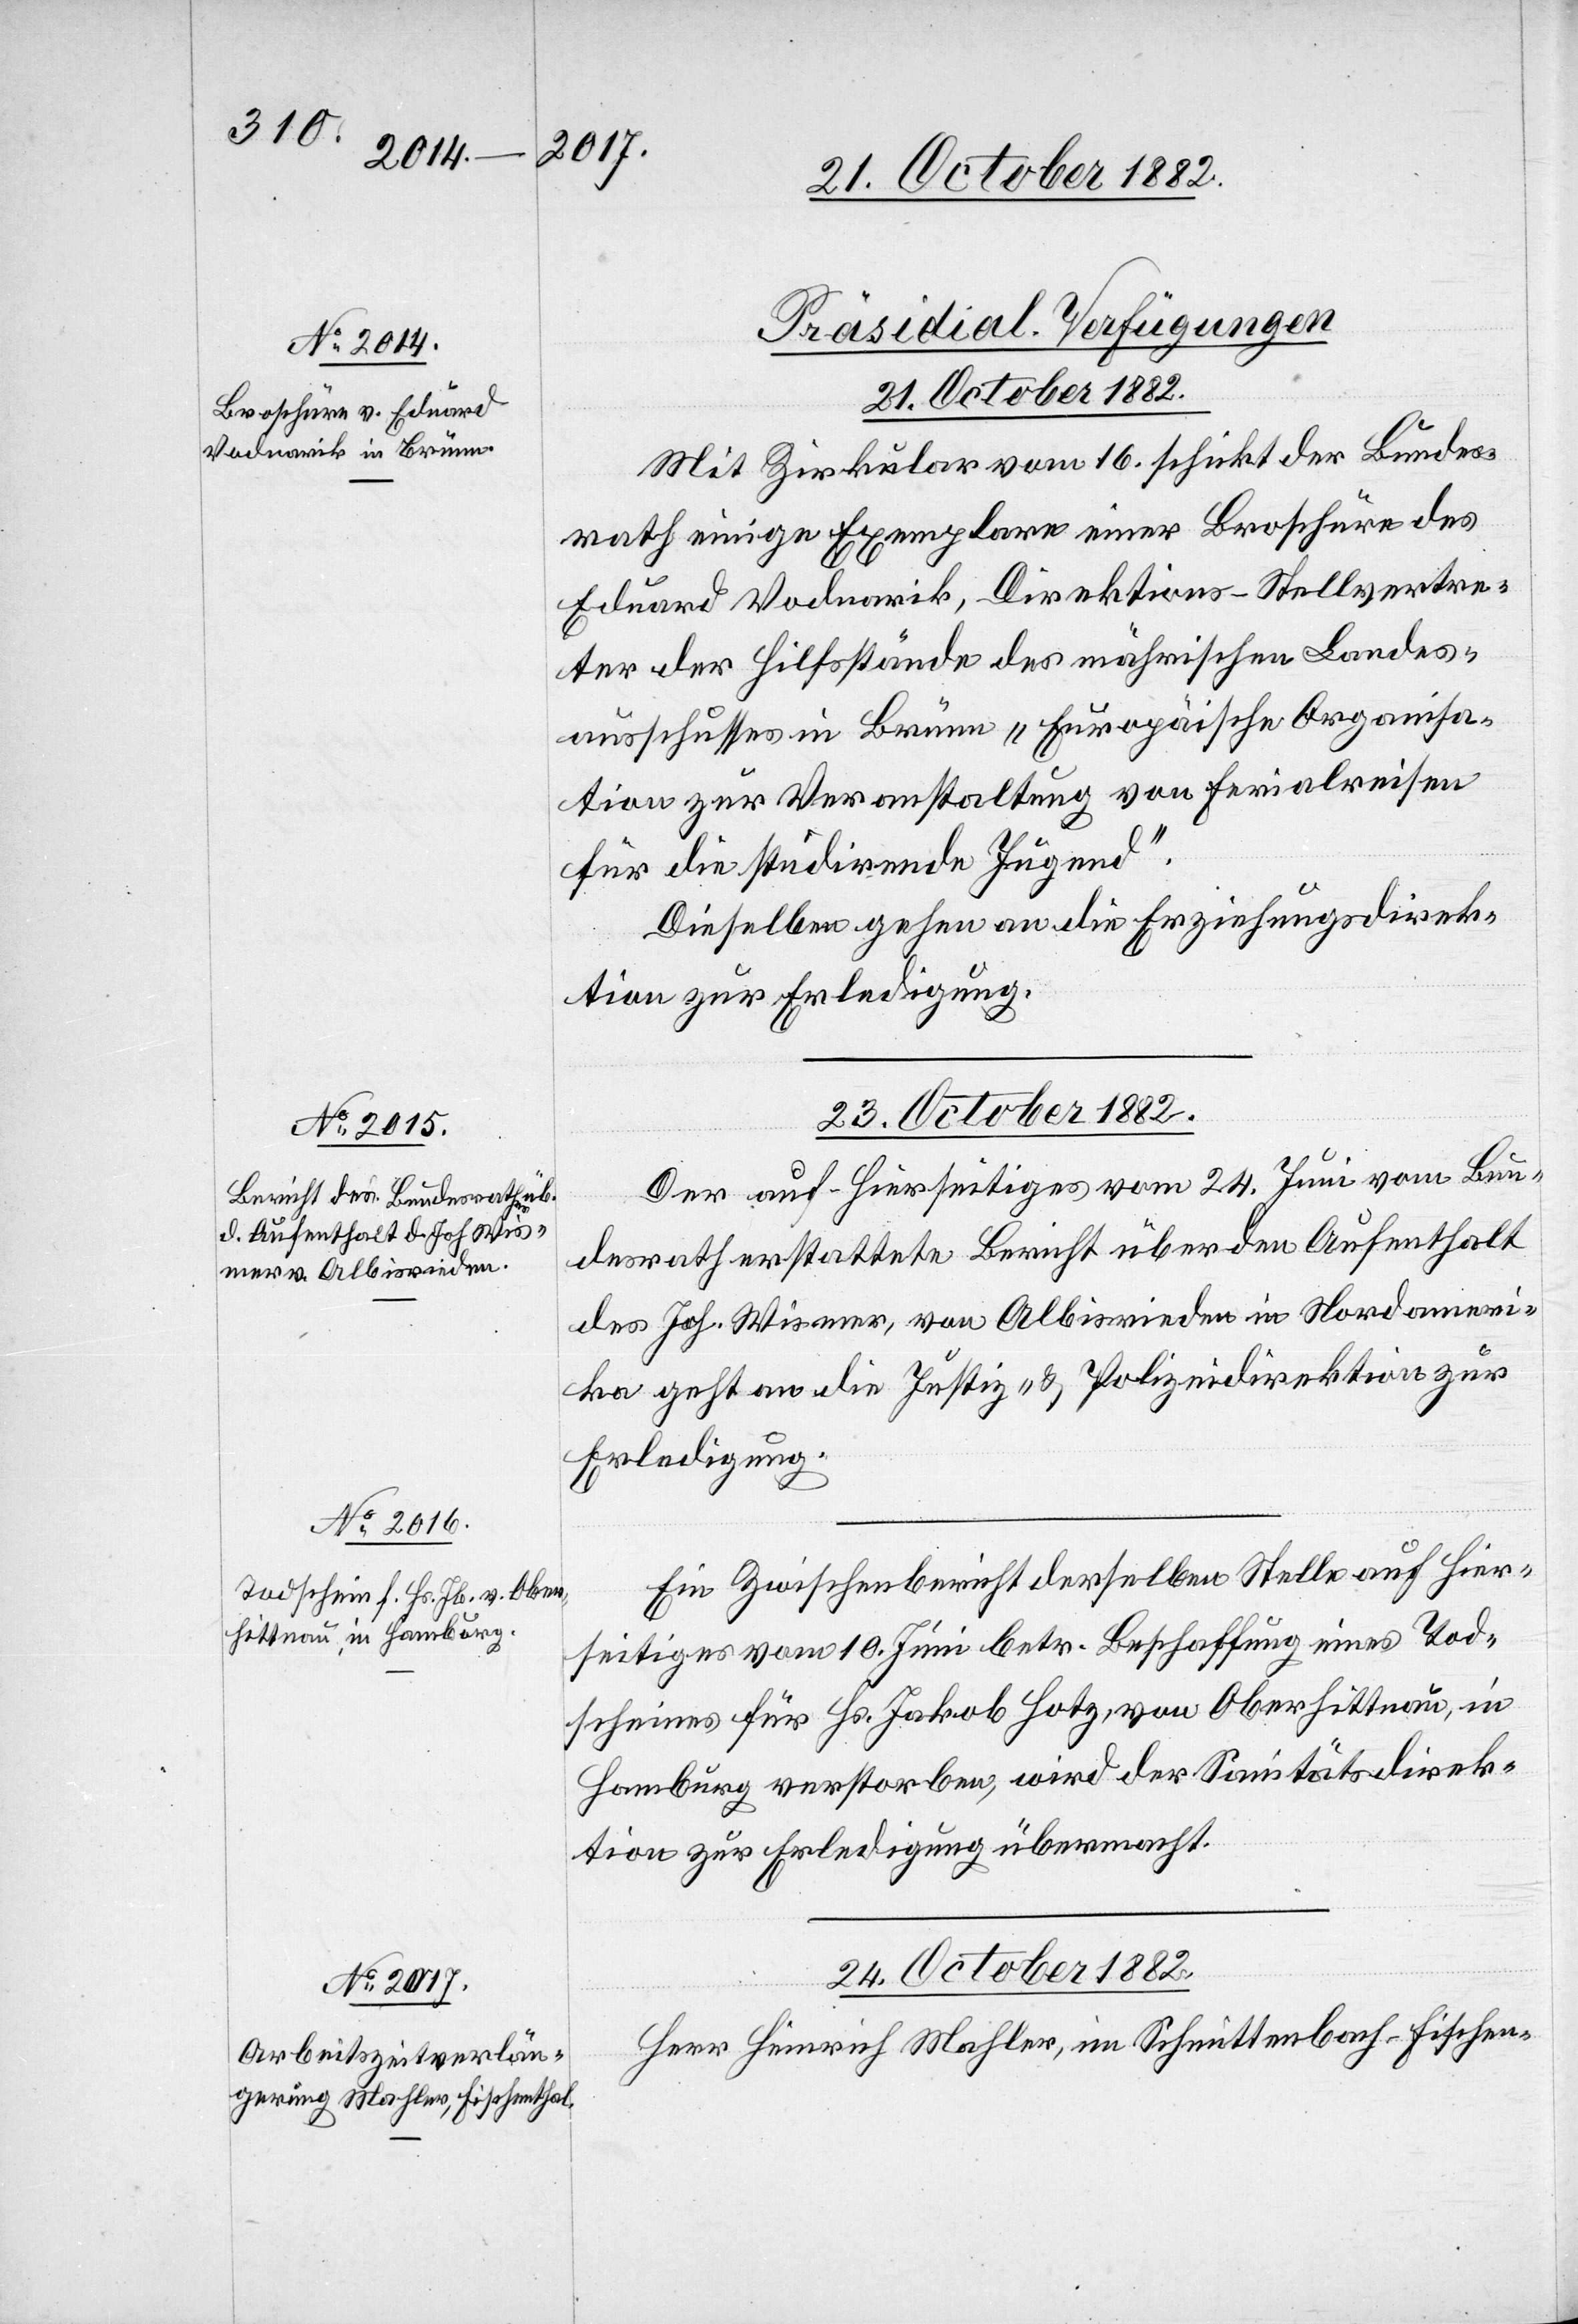
[Präsidial-Verfügungen.]
24. October 1882.
Mit Zirkular vom 16. schickt der Bundes¬
rath einige Exemplare einer Broschüre des
Eduard Vodnarik, Direktions-Stellvertre¬
ter der Hilfsstände des mährischen Landes¬
ausschusses in Brünn „Europäische Organisa¬
tion zur Veranstaltung von Ferialreisen
für die studirende Jugend“.
Dieselben gehen an die Erziehungsdirek¬
tion zur Erledigung.
Der auf hierseitiges vom 24. Juni vom Bun¬
desrath erstattete Bericht über den Aufenthalt
des Joh. Wismer, von Albisrieden in Nordameri¬
ka geht an die Justiz- & Polizeidirektion zur
Erledigung.
Ein Zwischenbericht derselben Stelle auf hier¬
seitiges vom 10. Juni betr. Beschaffung eines Tod¬
scheines für Hs. Jakob Hotz, von Oberhittnau, in
Hamburg verstorben, wird der Sanitätsdirek¬
tion zur Erledigung übermacht.
Herr Heinrich Mahler, im Schmittenbach - Fischen-